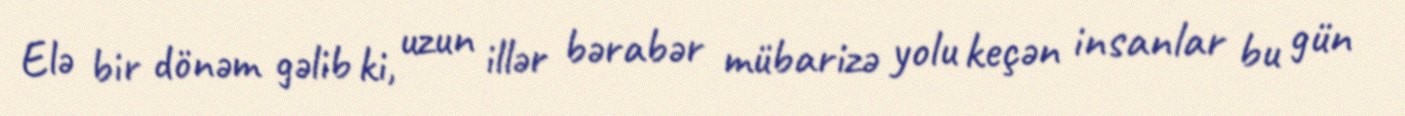
Elə bir dönəm gəlib ki, uzun illər bərabər mübarizə yolu keçən insanlar bu gün